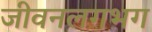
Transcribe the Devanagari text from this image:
जीवनलगभग